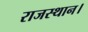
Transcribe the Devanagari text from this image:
राजस्थान।